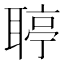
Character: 聤